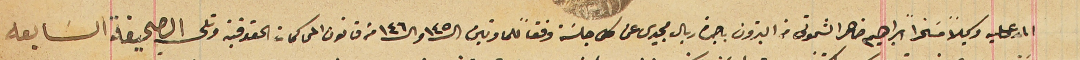
المدعى عليه وكيلاً مسخراً ابراهيم ضاهر الشموتى من البترون باجرة ريال مجيدى عن كل جلسَة وفقاً للمادتين ال١٤٥ وال١٤٦ من قانون المحاكمات الحقوقية وتلى الصحيفة السابعة